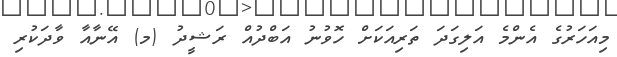
މިއަހަރުގެ އެންމެ އަލިގަދަ ތަރިއަކަށް ހޮވުނު އަބްދުއް ރަޝީދު (މ) އޭނާއާ ވާދަކުރި